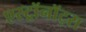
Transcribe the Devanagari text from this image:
एस्ट्राॅनाॅट्स